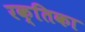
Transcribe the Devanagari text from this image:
रक्तिका